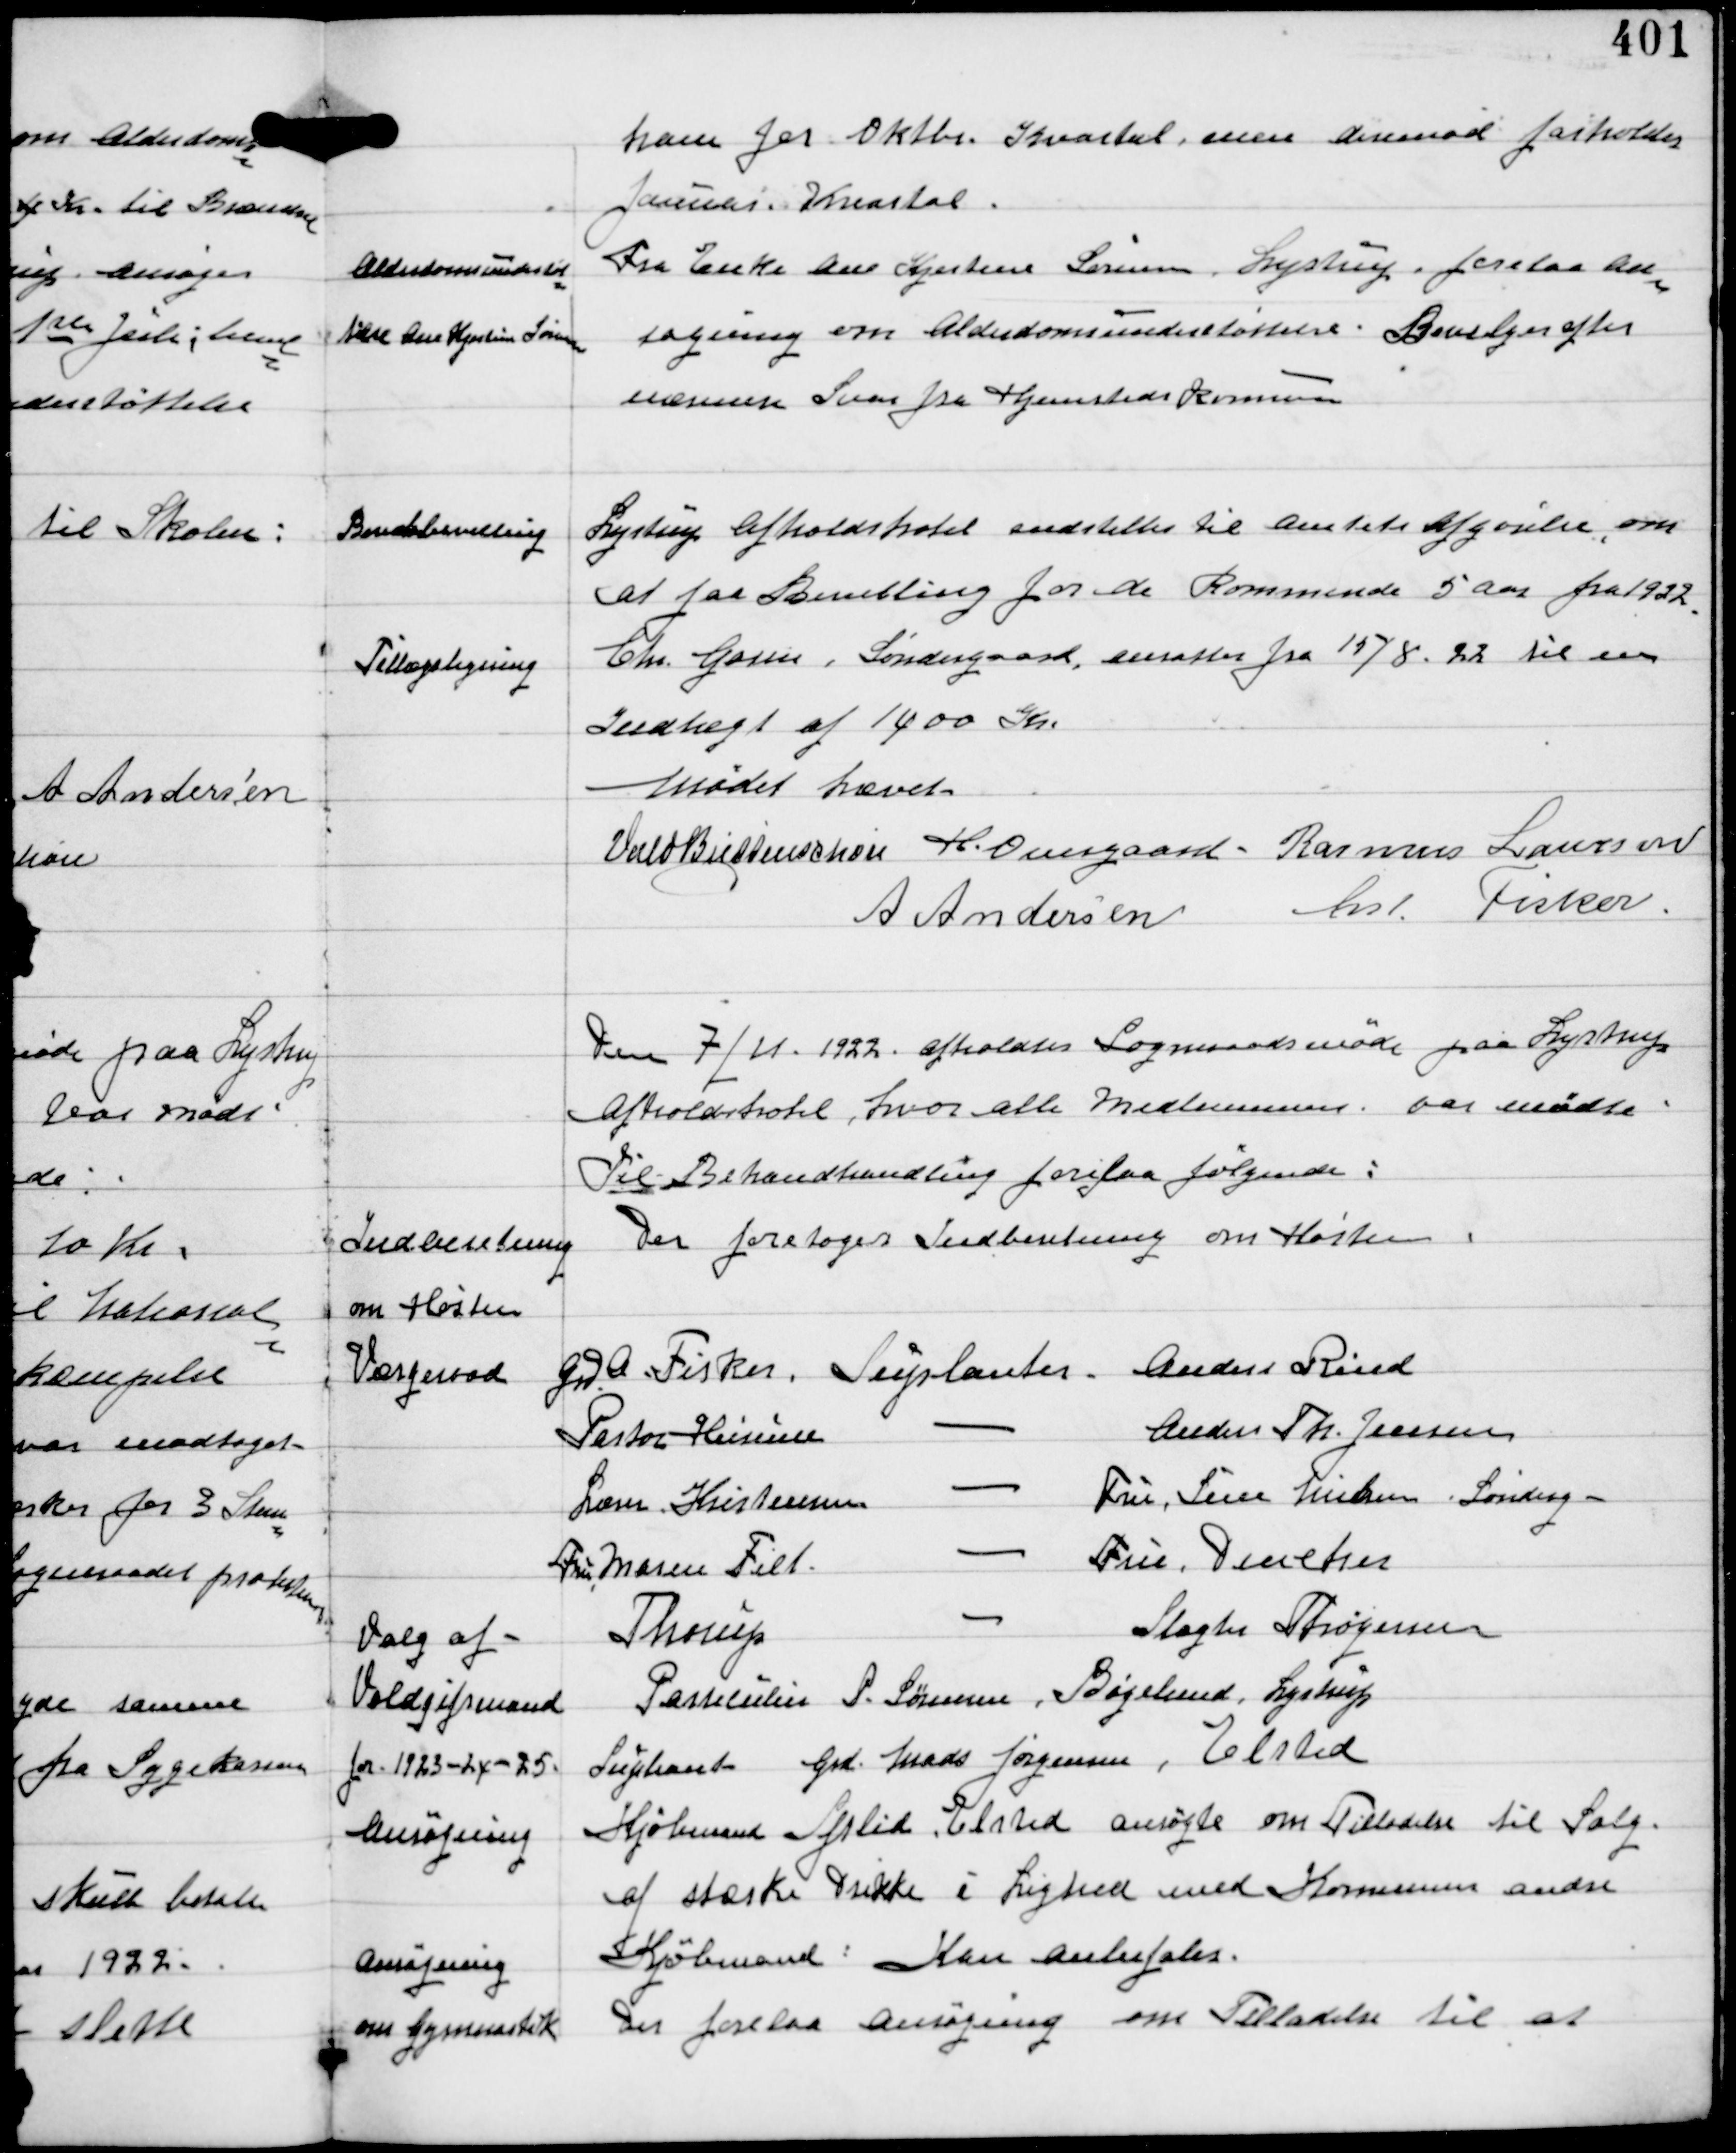
Transskription:
ham for Oktbr Kvartal men derimod fastholdes
Januar Kvartal.

Alderdomsunderstøt-
telse Ane Kjerstine Sørensen

Fra Enke Ane Kjerstine Sørensen Lystrup forelaa an-
søgning om Alderdomsunderstøttelse. Bevilges efter
nærmere Svar fra Hjemstedskomunen

Bendsbevilling

Lystrup Afholdshotel indstiller til Amtets Afgørelse, om
at faa Bevilling for de Kommende 5 Aar fra 1922.

Tillægsligning

Chr Gorm, Søndergaard ansattes fra 15/8 22 til en
Indtægt af 1400 Kr.

Mødet hævet
Vald Buttenschøn H. Overgaard. Rasmus Laursen
A Andersen Ant Fisker.

Den 7/11 1922 afholdtes Sogneraadsmøde paa Lystrup
Afholdshotel, hvor alle Medlemmer var mødte
Til Behandling forelaa følgende:

Indberetning
om Høsten

Der foretoges Indberetning om Høsten.

Værgeraad

Gdr A Fisker Supleanter Anders Rind
Pastor Heinesen - Anders Th. Jensen
Lærer Kristensen - Fru Sisse Nielsen Sønderg -
Fru Maren Filt - Fru Dencker
Thorup - Slager Thørgersen

Valg af
Voldgiftsmand
for 1923-24-25.

Parteculier P. Sørensen, Bøgelund, Lystrup
Supleant Gdr Mads Jørgensen, Elsted

Ansøgning

Kjøbmand Splid Elsted ansøgte om Tilladelse til Salg
af stærke Drikke i Lighed med Komunens andre
Kjøbmænd: Kan anbefales.

Ansøgning
om Gymnastik

Der forelaa ansøgning om Tilladelse til at